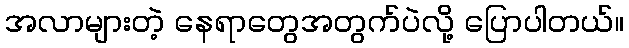
အလာများတဲ့ နေရာတွေအတွက်ပဲလို့ ပြောပါတယ်။